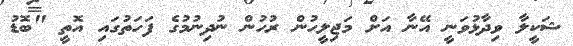
ޝަކީލާ ވިދާޅުވަނީ އޭނާ އަށް މަޖިލީހުން ރުހުން ނުދިނުމުގެ ފަހަތުގައި އޮތީ "ބޮޑު